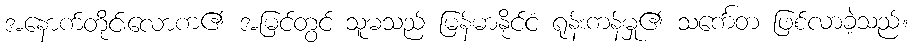
အနောက်တိုင်းလောက၏ အမြင်တွင် သူမသည် မြန်မာနိုင်ငံ ရုန်းကန်မှု၏ သင်္ကေတ ဖြစ်လာခဲ့သည်။